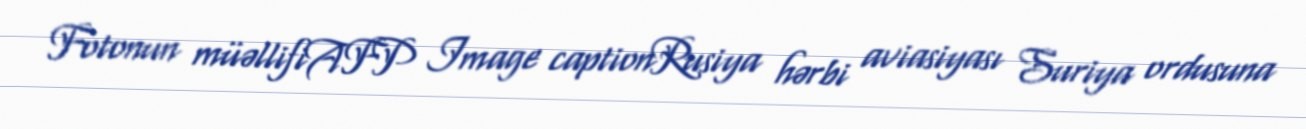
Fotonun müəllifiAFP Image captionRusiya hərbi aviasiyası Suriya ordusuna